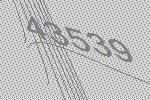
43539